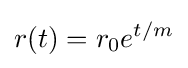
r(t)=r_{0}e^{t/m}